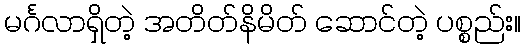
မင်္ဂလာရှိတဲ့ အတိတ်နိမိတ် ဆောင်တဲ့ ပစ္စည်း။